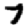
Digit: 7